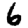
Digit: 6